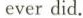
everdid.